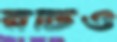
রটিও